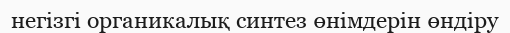
негізгі органикалық синтез өнімдерін өндіру